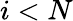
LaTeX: i<N